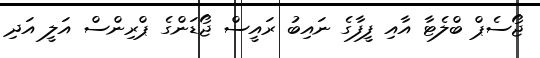
ޖޯސެޕް ބްލެޓާ އާއި ފީފާގެ ނައިބު ރައީސް ޖޯޑަންގެ ޕްރިންސް އަލީ އަދި